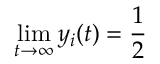
\operatorname* { l i m } _ { t \to \infty } y _ { i } ( t ) = \frac { 1 } { 2 }